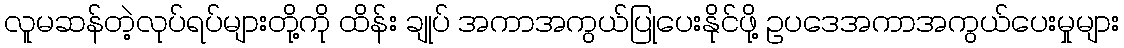
လူမဆန်တဲ့လုပ်ရပ်များတို့ကို ထိန်း ချုပ် အကာအကွယ်ပြုပေးနိုင်ဖို့ ဥပဒေအကာအကွယ်ပေးမှုများ